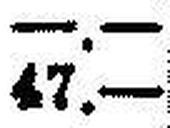
47.—